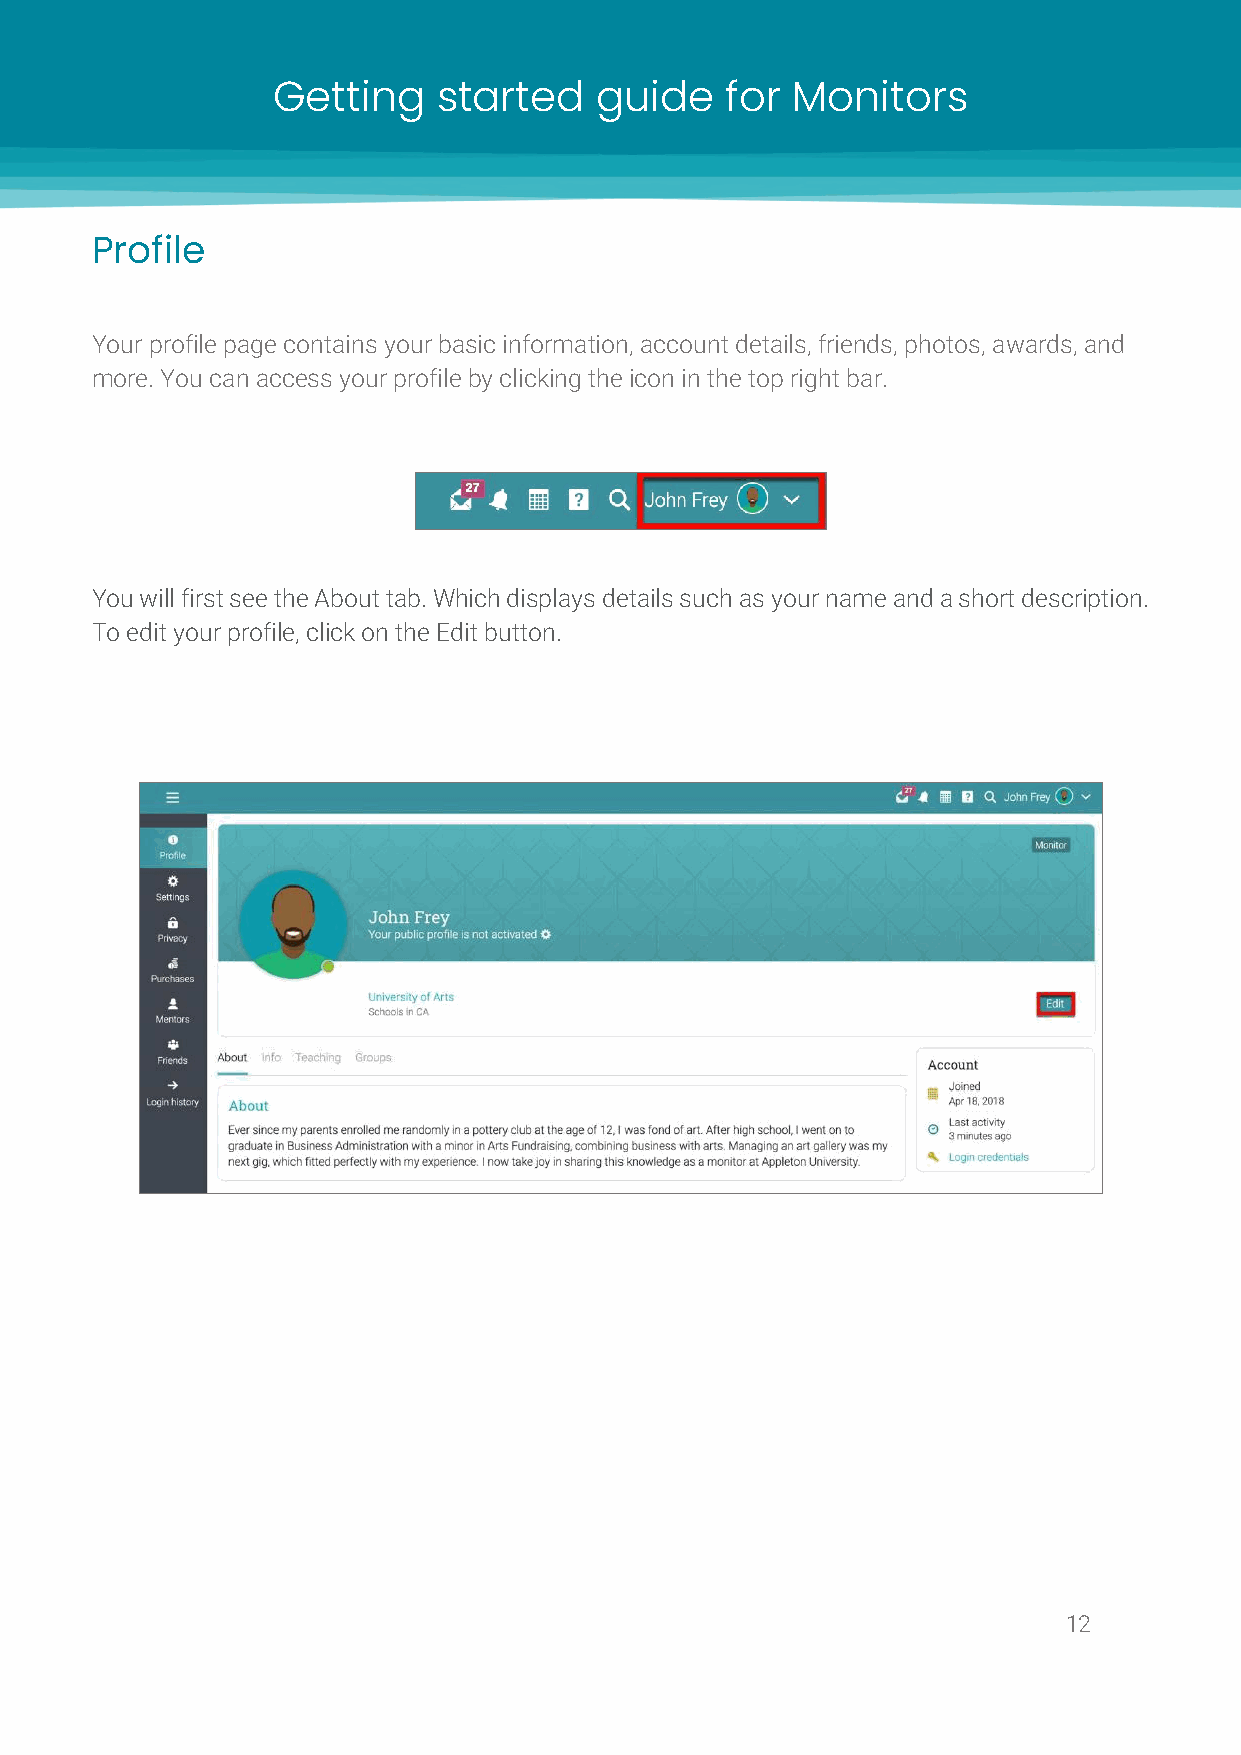
Getting    started   guide    for Monitors
 Profile
 Your profile page contains your basic information, account details, friends, photos, awards, and
 more. You can access your profile by clicking the icon in the top right bar.
 You will first see the About tab. Which displays details such as your name and a short description.
 To edit your profile, click on the Edit button.
 12